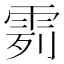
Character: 𩂶